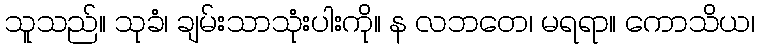
သူသည်။ သုခံ၊ ချမ်းသာသုံးပါးကို။ န လဘတေ၊ မရရာ။ ကောသိယ၊